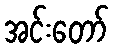
အင်းတော်